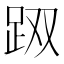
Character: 𰸇